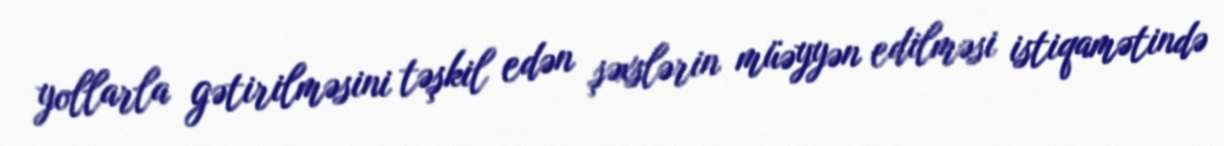
yollarla gətirilməsini təşkil edən şəxslərin müəyyən edilməsi istiqamətində